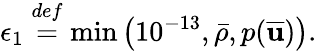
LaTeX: \epsilon_{1}\overset{def}{=}\operatorname*{min}\left(10^{-13},\bar{\rho},p(\overline{{\mathbf{u}}})\right).